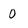
Character: 0